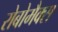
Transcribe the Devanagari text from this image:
रोबोमैक्स